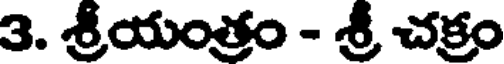
3. శ్రీయంత్రం - శ్రీ చక్రం